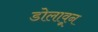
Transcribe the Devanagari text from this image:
डोलावून